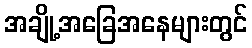
အချို့အခြေအနေများတွင်